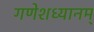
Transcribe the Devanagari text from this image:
गणेशध्यानम्